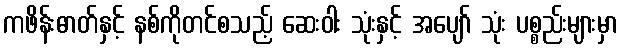
ကဖိန်းဓာတ်နှင့် နစ်ကိုတင်စသည့် ဆေးဝါး သုံးနှင့် အပျော် သုံး ပစ္စည်းများမှာ